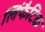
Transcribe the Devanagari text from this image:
लिंफैटिक